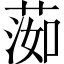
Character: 𦵙